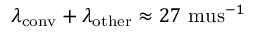
\lambda _ { \mathrm { c o n v } } + \lambda _ { \mathrm { o t h e r } } \approx 2 7 \mathrm { \ m u s } ^ { - 1 }